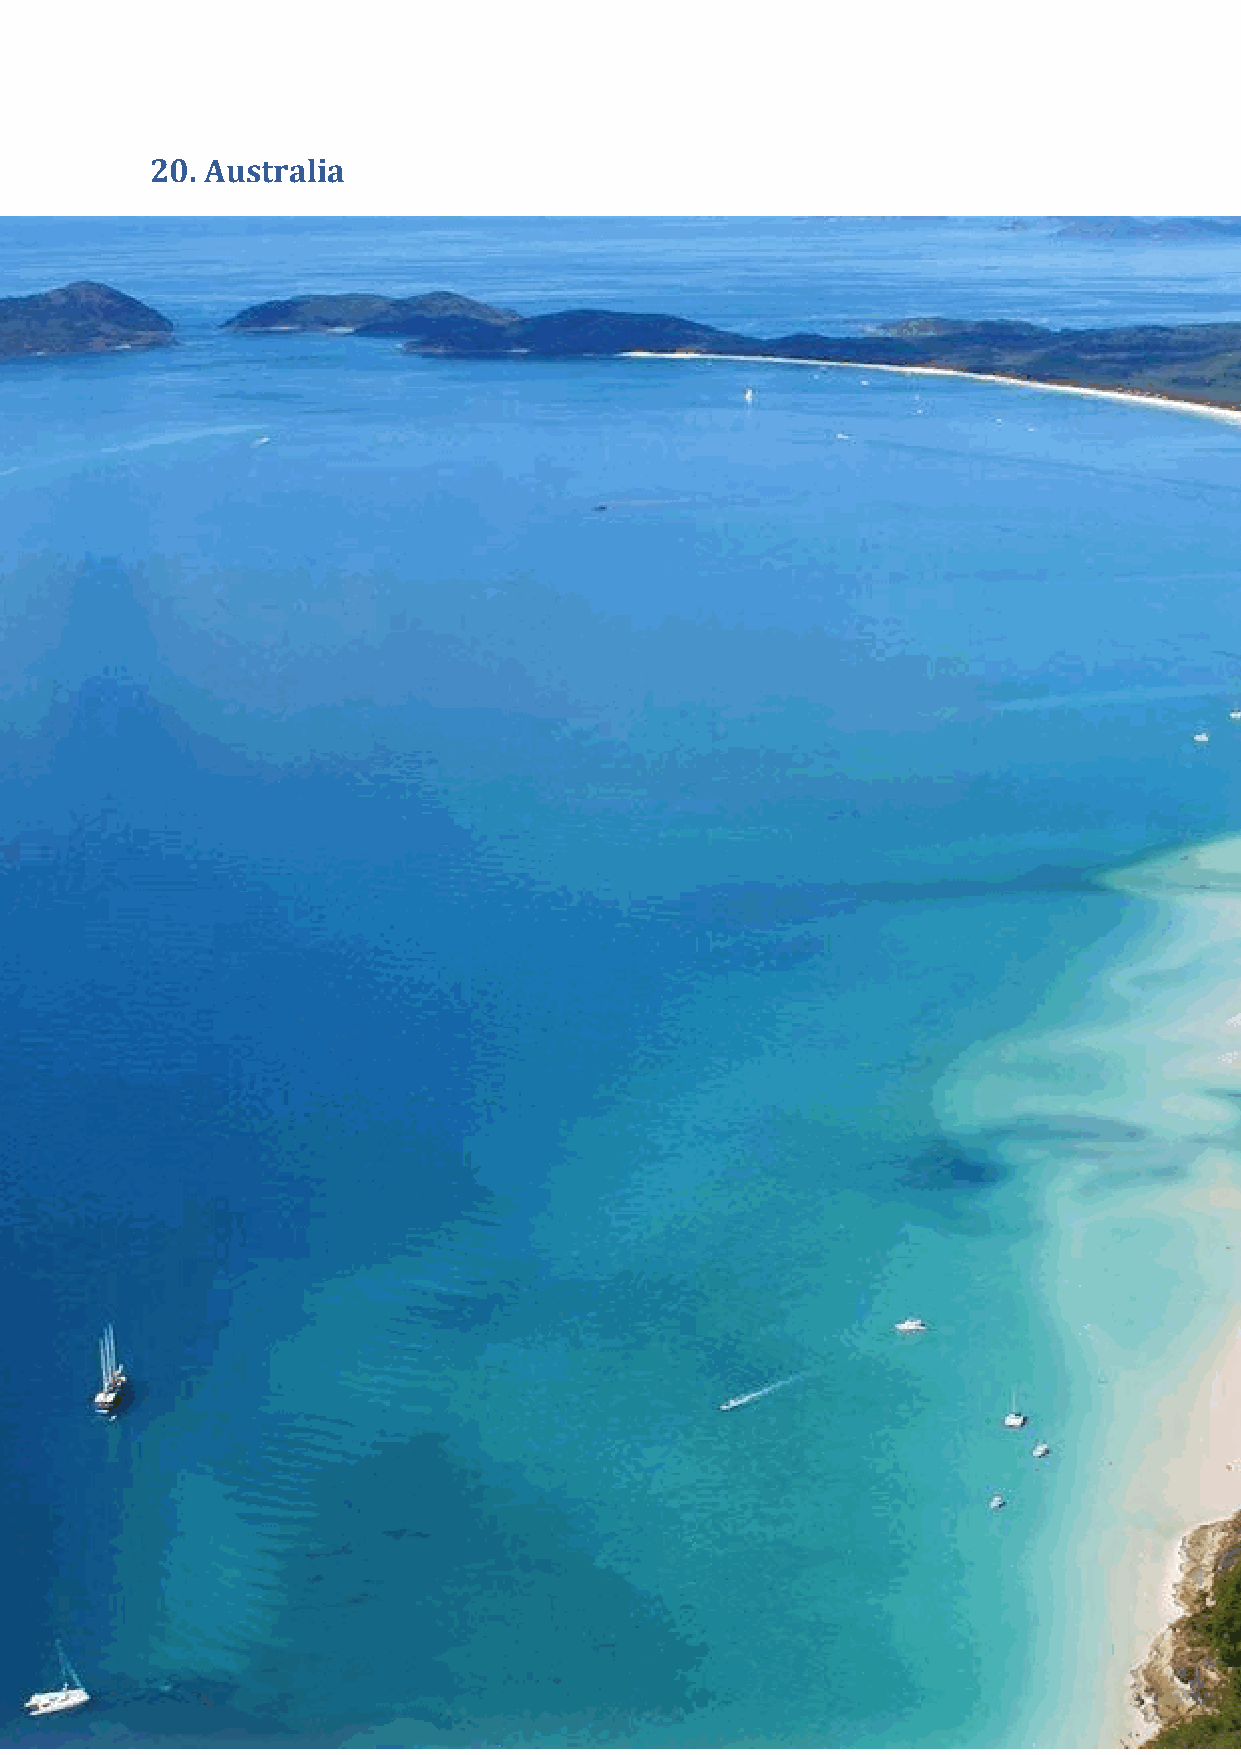
Sustainable Hotels
 The Alto on Bourke (4*, 50 rooms) in Melbourne produces an
 average 11.8 kilograms of carbon, compared to the estimate for
 hotels as set by Sustainable Tourism CRC of 24-26 kilograms, has an
 electric car for guests to hire, generates all its electricity from
 renewable sources and 95% of its lighting uses energy efficient bulbs.
 Rooms  are fitted with energy-saving key-tags that switch off lighting
 on leaving the rooms.
 Energy use (electricity & gas) is limited to 36.3 mega joules per guest,
 per night and water is limited to 123 liters (27 gallons) per guest, per
 night. Rain water is used for public toilet cisterns, gardening and
 cleaning duties. All windows are double-glazed and heat reflecting.
 The hotel has its own bees and grows fresh herbs, uses refillable
 toiletry dispensers, converts cooking oil into biodiesel and uses
 biodegradable room key cards and pens.
 The Intercontinental Adelaide (5*, 367 rooms) and Intercontinental
 Melbourne The Rialto (5*, 253 rooms) use a paperless booking
 service, LED lighting, and water-conserving bathroom fixtures.
 Wolgan Valley Resort & Spa (5*, 40 rooms) in the Blue Mountains,
 New  South Wales - procures 35% of its power from renewable
 resources including wind, solar, and hydro and it has planted over
 175,000 indigenous trees. Local carpenters were commissioned
 mostly using recycled Australian hardwood, to create the resort’s
 signature furniture collection.
 Thala Beach Lodge (4.5*, 83 rooms) has reintroduced forests to their
 property near Cairns and also arranges for their guests to encounter
 the local Aboriginal culture, as well as having wildlife guides on staff.
 116